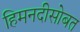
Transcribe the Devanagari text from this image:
हिमनदीसोबत